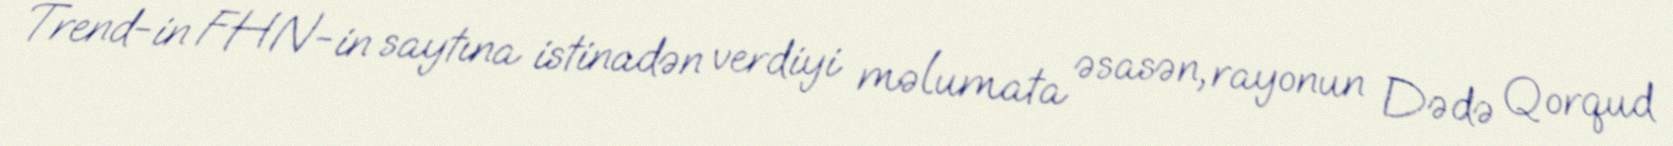
Trend-in FHN-in saytına istinadən verdiyi məlumata əsasən, rayonun Dədə Qorqud